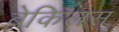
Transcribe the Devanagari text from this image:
बेकिलस